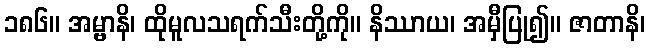
၁၈၆။ အမ္ဗာနိ၊ ထိုမူလသရက်သီးတို့ကို။ နိဿာယ၊ အမှီပြု၍။ ဇာတာနိ၊